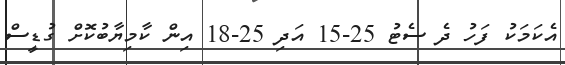
އެކަމަކު ފަހު ދެ ސެޓު 25-15 އަދި 25-18 އިން ކާމިޔާބުކޮށް ގުޑީސް